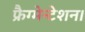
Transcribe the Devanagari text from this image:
फ्रैग्मेन्टेशन।